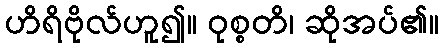
ဟိရိဗိုလ်ဟူ၍။ ဝုစ္စတိ၊ ဆိုအပ်၏။